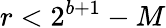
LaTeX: r<2^{b+1}-M